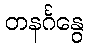
တနင်္ဂနွေ